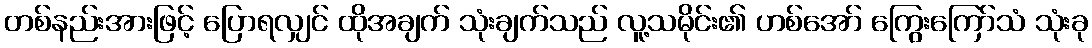
တစ်နည်းအားဖြင့် ပြောရလျှင် ထိုအချက် သုံးချက်သည် လူ့သမိုင်း၏ ဟစ်အော် ကြွေးကြော်သံ သုံးခု